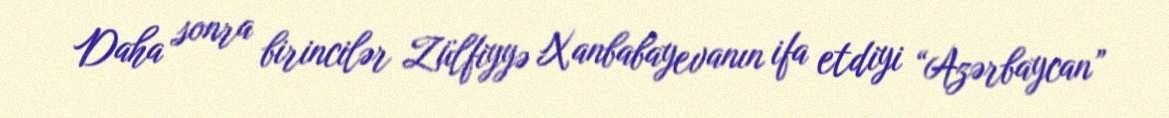
Daha sonra birincilər Zülfiyyə Xanbabayevanın ifa etdiyi “Azərbaycan”